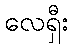
လေရှီး